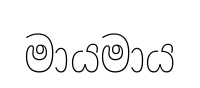
මායමාය